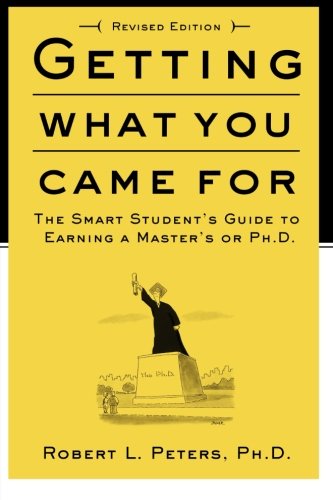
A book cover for Getting What You Came For: The Smart Student's Guide to Earning an M.A. or a Ph.D.; Robert Peters; Education & Teaching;